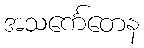
အသင်္ကေတေန